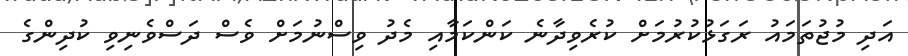
އަދި މުޖުތަމައު ރަގަޅުކުރުމަށް ކުރެވިދާނެ ކަންކަމާއި މެދު ވިސްނުމަށް ވެސް ދަސްވެނިވި ކުދިންގެ